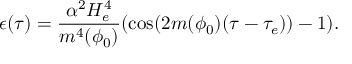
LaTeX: \epsilon ( \tau ) = \frac { \alpha ^ { 2 } H _ { e } ^ { 4 } } { m ^ { 4 } ( \phi _ { 0 } ) } ( \cos ( 2 m ( \phi _ { 0 } ) ( \tau - \tau _ { e } ) ) - 1 ) .